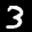
Label: 3